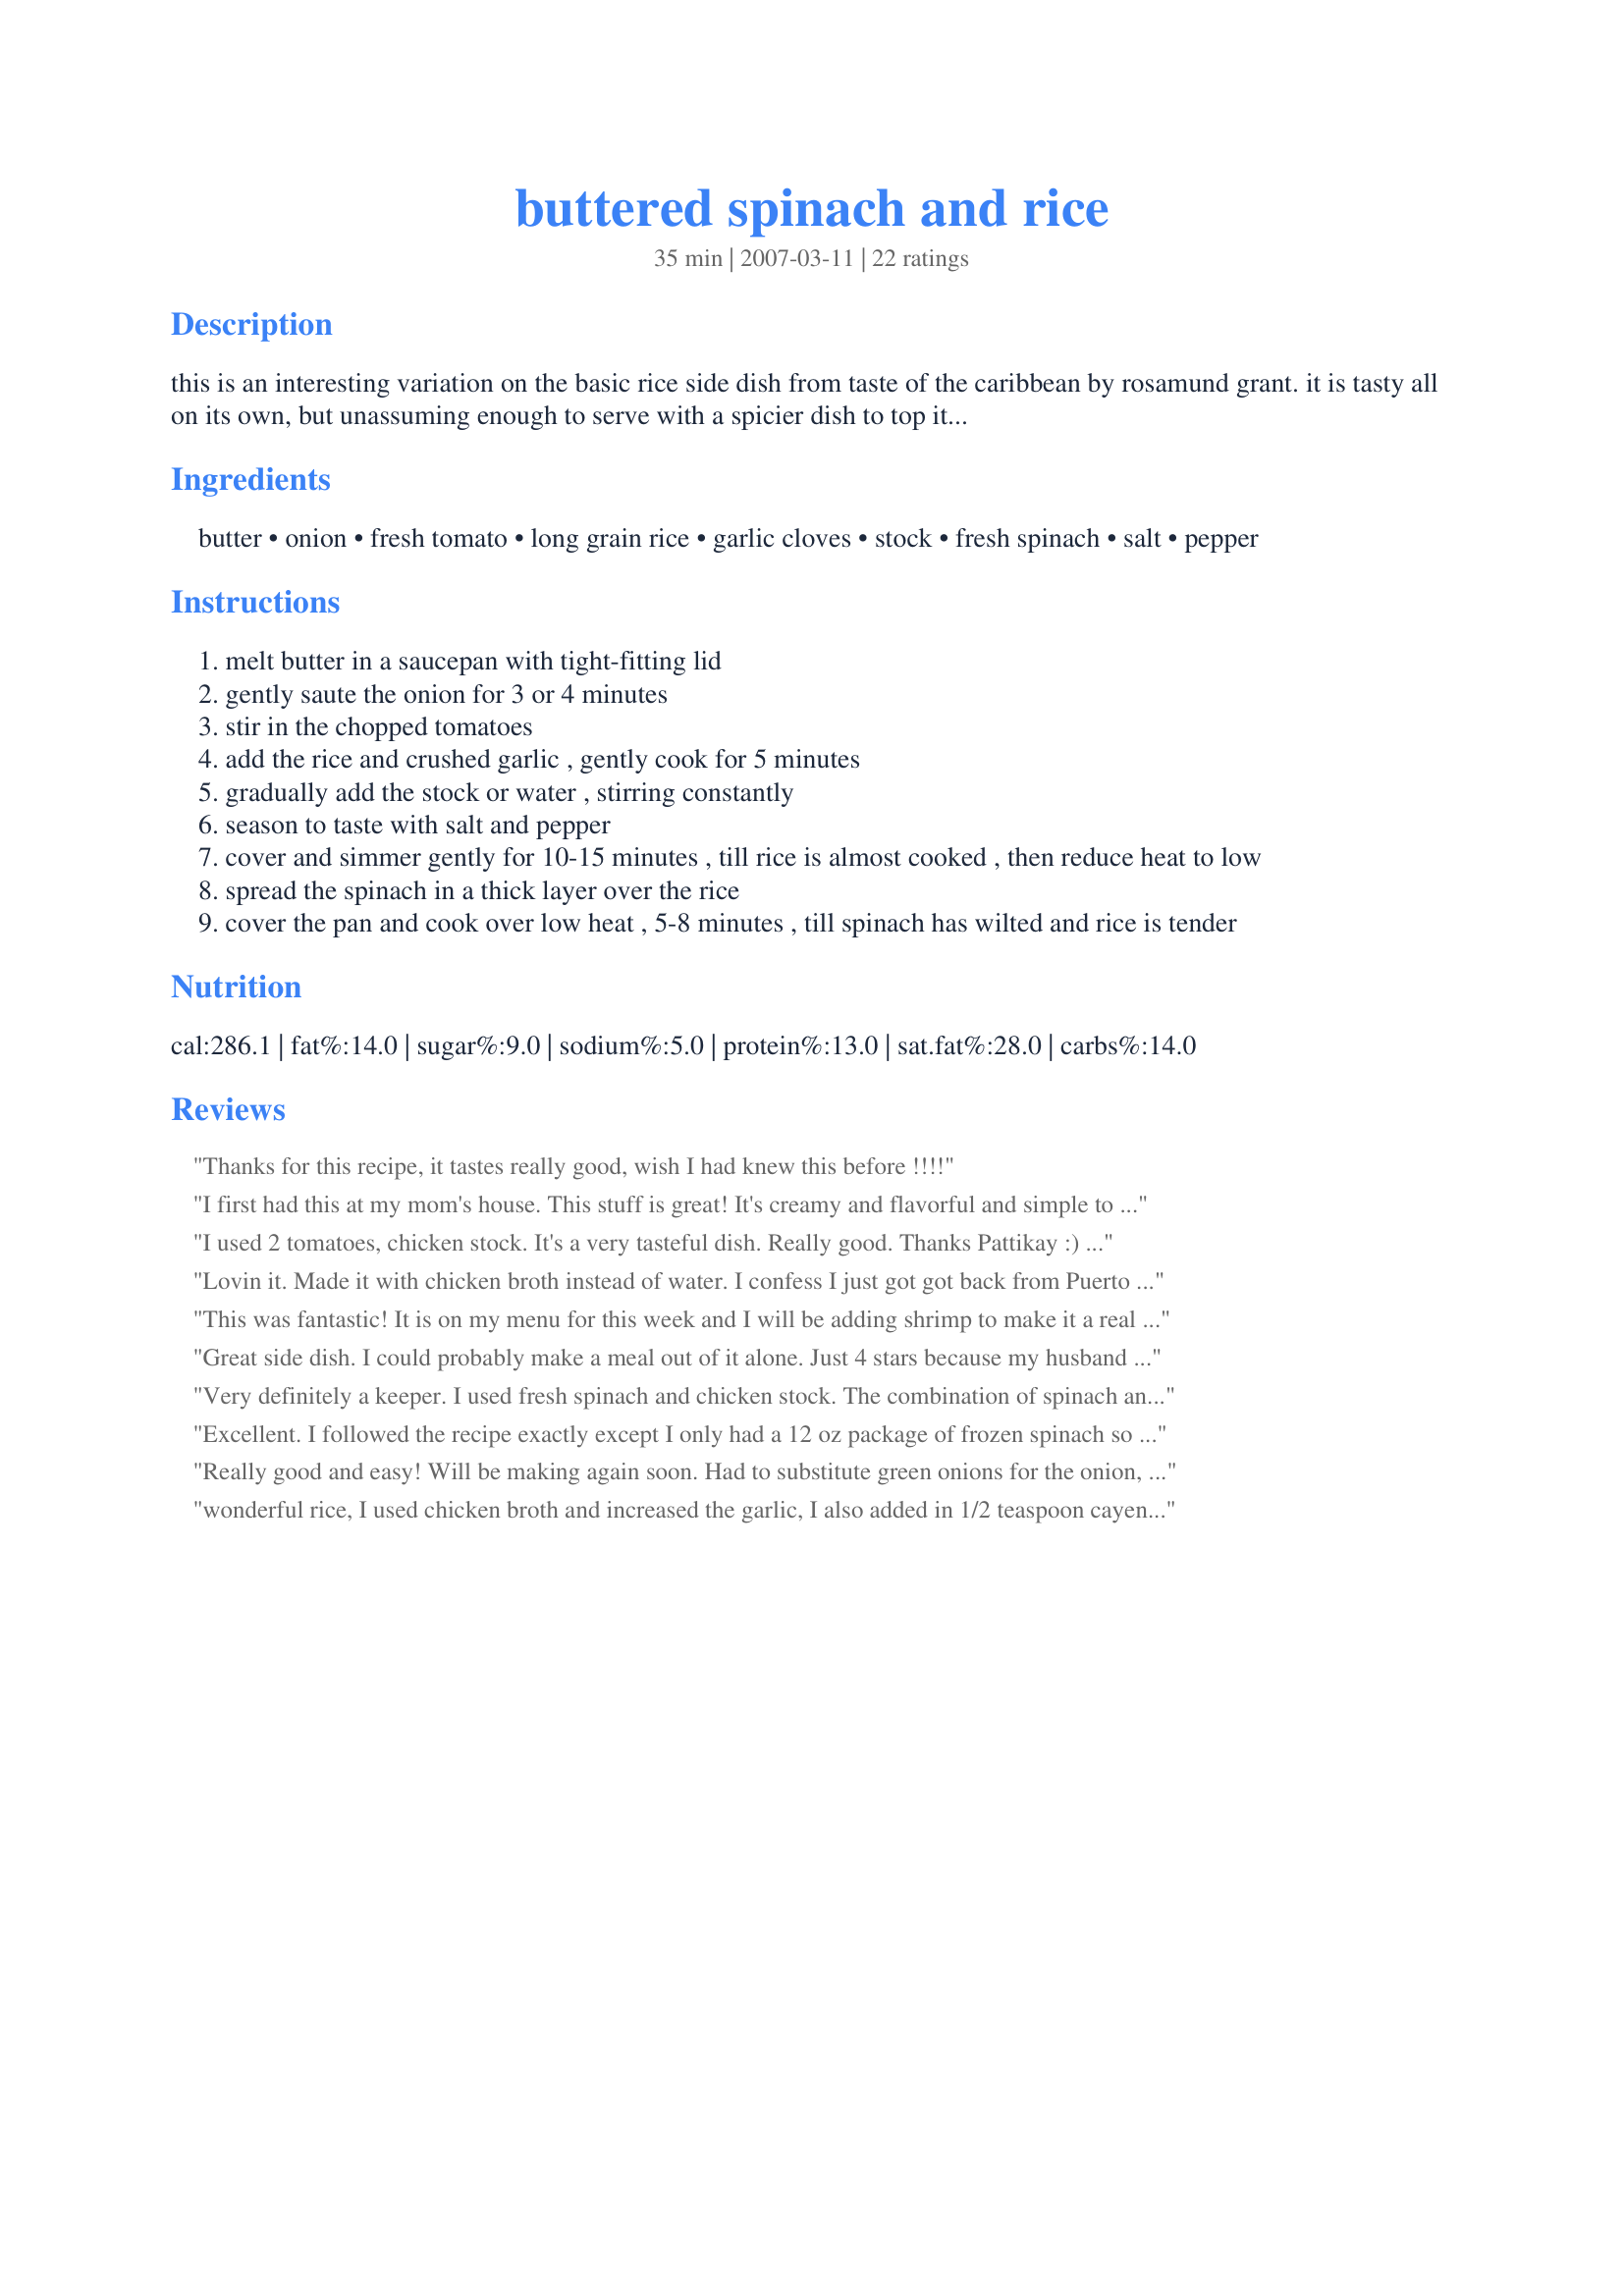
buttered spinach and rice
Preparation time: 35 minutes

this is an interesting variation on the basic rice side dish from taste of the caribbean by rosamund grant. it is tasty all on its own, but unassuming enough to serve with a spicier dish to top it off. note: the original recipe called for 2 1/2 cups basmati rice with 2 1/2 cups of water - i used that same amount of water with just a little over 1 cup of regular long grain rice and it was just right. collard greens could also be used in place of the spinach.

Ingredients:
butter, onion, fresh tomato, long grain rice, garlic cloves, stock, fresh spinach, salt, pepper

Steps:
melt butter in a saucepan with tight-fitting lid
gently saute the onion for 3 or 4 minutes
stir in the chopped tomatoes
add the rice and crushed garlic , gently cook for 5 minutes
gradually add the stock or water , stirring constantly
season to taste with salt and pepper
cover and simmer gently for 10-15 minutes , till rice is almost cooked , then reduce heat to low
spread the spinach in a thick layer over the rice
cover the pan and cook over low heat , 5-8 minutes , till spinach has wilted and rice is tender

Reviews:
Thanks for this recipe, it tastes really good, wish I had knew this before !!!!
I first had this at my mom's house. This stuff is great! It's creamy and flavorful and simple to make. I plan on making it for my family often.
I used 2 tomatoes, chicken stock. It's a very tasteful dish. Really good. Thanks Pattikay :) Made for Zaar Star Game.
Lovin it. Made it with chicken broth instead of water. I confess I just got got back from Puerto Rico so I am on a spicy rice kick so I added about 1t. cayenne pepper to the rice at salt and pepper time. Added some shrimp at the end and ate w/ hot sauce. Didn't need hot sauce but like I said I am on that kick. Thanks for this recipe. Love the spinach in it and will use this recipe often.
This was fantastic! It is on my menu for this week and I will be adding shrimp to make it a real main course.
It was so moist and tasty, everyone loved it and not a bit left over. Thanks for a real keeper.
Great side dish. I could probably make a meal out of it alone. Just 4 stars because my husband didn&#039;t love the tomatoes in it.
Very definitely a keeper. I used fresh spinach and chicken stock. The combination of spinach and rice was AWESOME. It was scarfed down pretty quickly by my family. Thanks!
Excellent. I followed the recipe exactly except I only had a 12 oz package of frozen spinach so I used all of it. I chopped it up and mixed into the rice. My son garnished his portion with feta cheese. The rest of us had it plain. DELICIOUS! I would definitely make this again. Thank you for a wonderful recipe.
Really good and easy! Will be making again soon. Had to substitute green onions for the onion, but it turned out fantastic. Thanks!
wonderful rice, I used chicken broth and increased the garlic, I also added in 1/2 teaspoon cayenne pepper for heat, thanks for sharing hon!...Kitten:)
Good recipe, but not one of my favorites. My family loves rice and we've tried a lot of different ways. Give it a try if you want a change from plain rice.
This was a great side dish to go with a Stir-Fry, we really really enjoyed it. We love Garlic and this really hit the spot.

I used Basmati rice and it came out perfectly.
Very agreeable side dish. Spinach and rice is a familiar combination, but the tomato was an innovation for me and worked very well with the other ingredients. I used low-sodium beef bouillon for the stock and upped the garlic a bit. When I reheated the leftovers, I tried adding a bit of Italian herb seeasoning and that wsa quite good.
Excellent taste! I chopped my frozen spinach before I placed it on top because my boys are particular about green things in their vegetables. They ate it! Thanks for a great recipe. Made for Star Tag.
Just a bit of extra work but tastes very good and different. It is worth making it over plain rice.
This was AMAZING!!!! I doubled the recipe and had leftovers...we ate every last bite. I didn’t add tomatoes as they can get smushy. I just added spinach. I’m making again today and I’m going to add mushrooms and saut&eacute; with the onions...
This is a great recipe! It is great as a side dish, looks versatile if adding meats, seasonings, etc. I followed this to the letter, except I only had 8 ounces of fresh spinach, but that was enough to make it colorful and flavorful. I served it with tilapia and fresh fruit and it was a very nice meal. Thanks, Carole in Orlando
What a lovely side dish, this was the perfect thing tonight with the chicken. I had some doubts about the tomato in this but it worked very well. I even thought I might mix in some Parm at the end of cooking but decider to try that next time. Thank you Pattikay for something different and oh so good!
It was amazing! I added veg stock and some roasted pumkin and garnished with some pine nuts. Delish!!
Don't pass this up! This is wonderful and so easy. I am making it two nights in a row:)
Everyone liked this and I didn't even add spinach. I was going to, but when I opened the bag, I realizd it was a whole salad kit from Trader Joe's so we had the rice without it, and the spinach salad too :)! Oh- I used a half an onion and a large shallot instean of one onion because I had that already cut up. Thanks!
I made this several times already..always been a hit to everyone...I put also scampi once and it taste really good too with it.thanks for sharing !!
